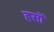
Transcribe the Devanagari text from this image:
हसों